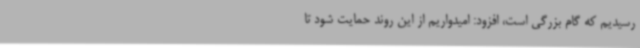
رسیدیم که گام بزرگی است، افزود: امیدواریم از این روند حمایت شود تا